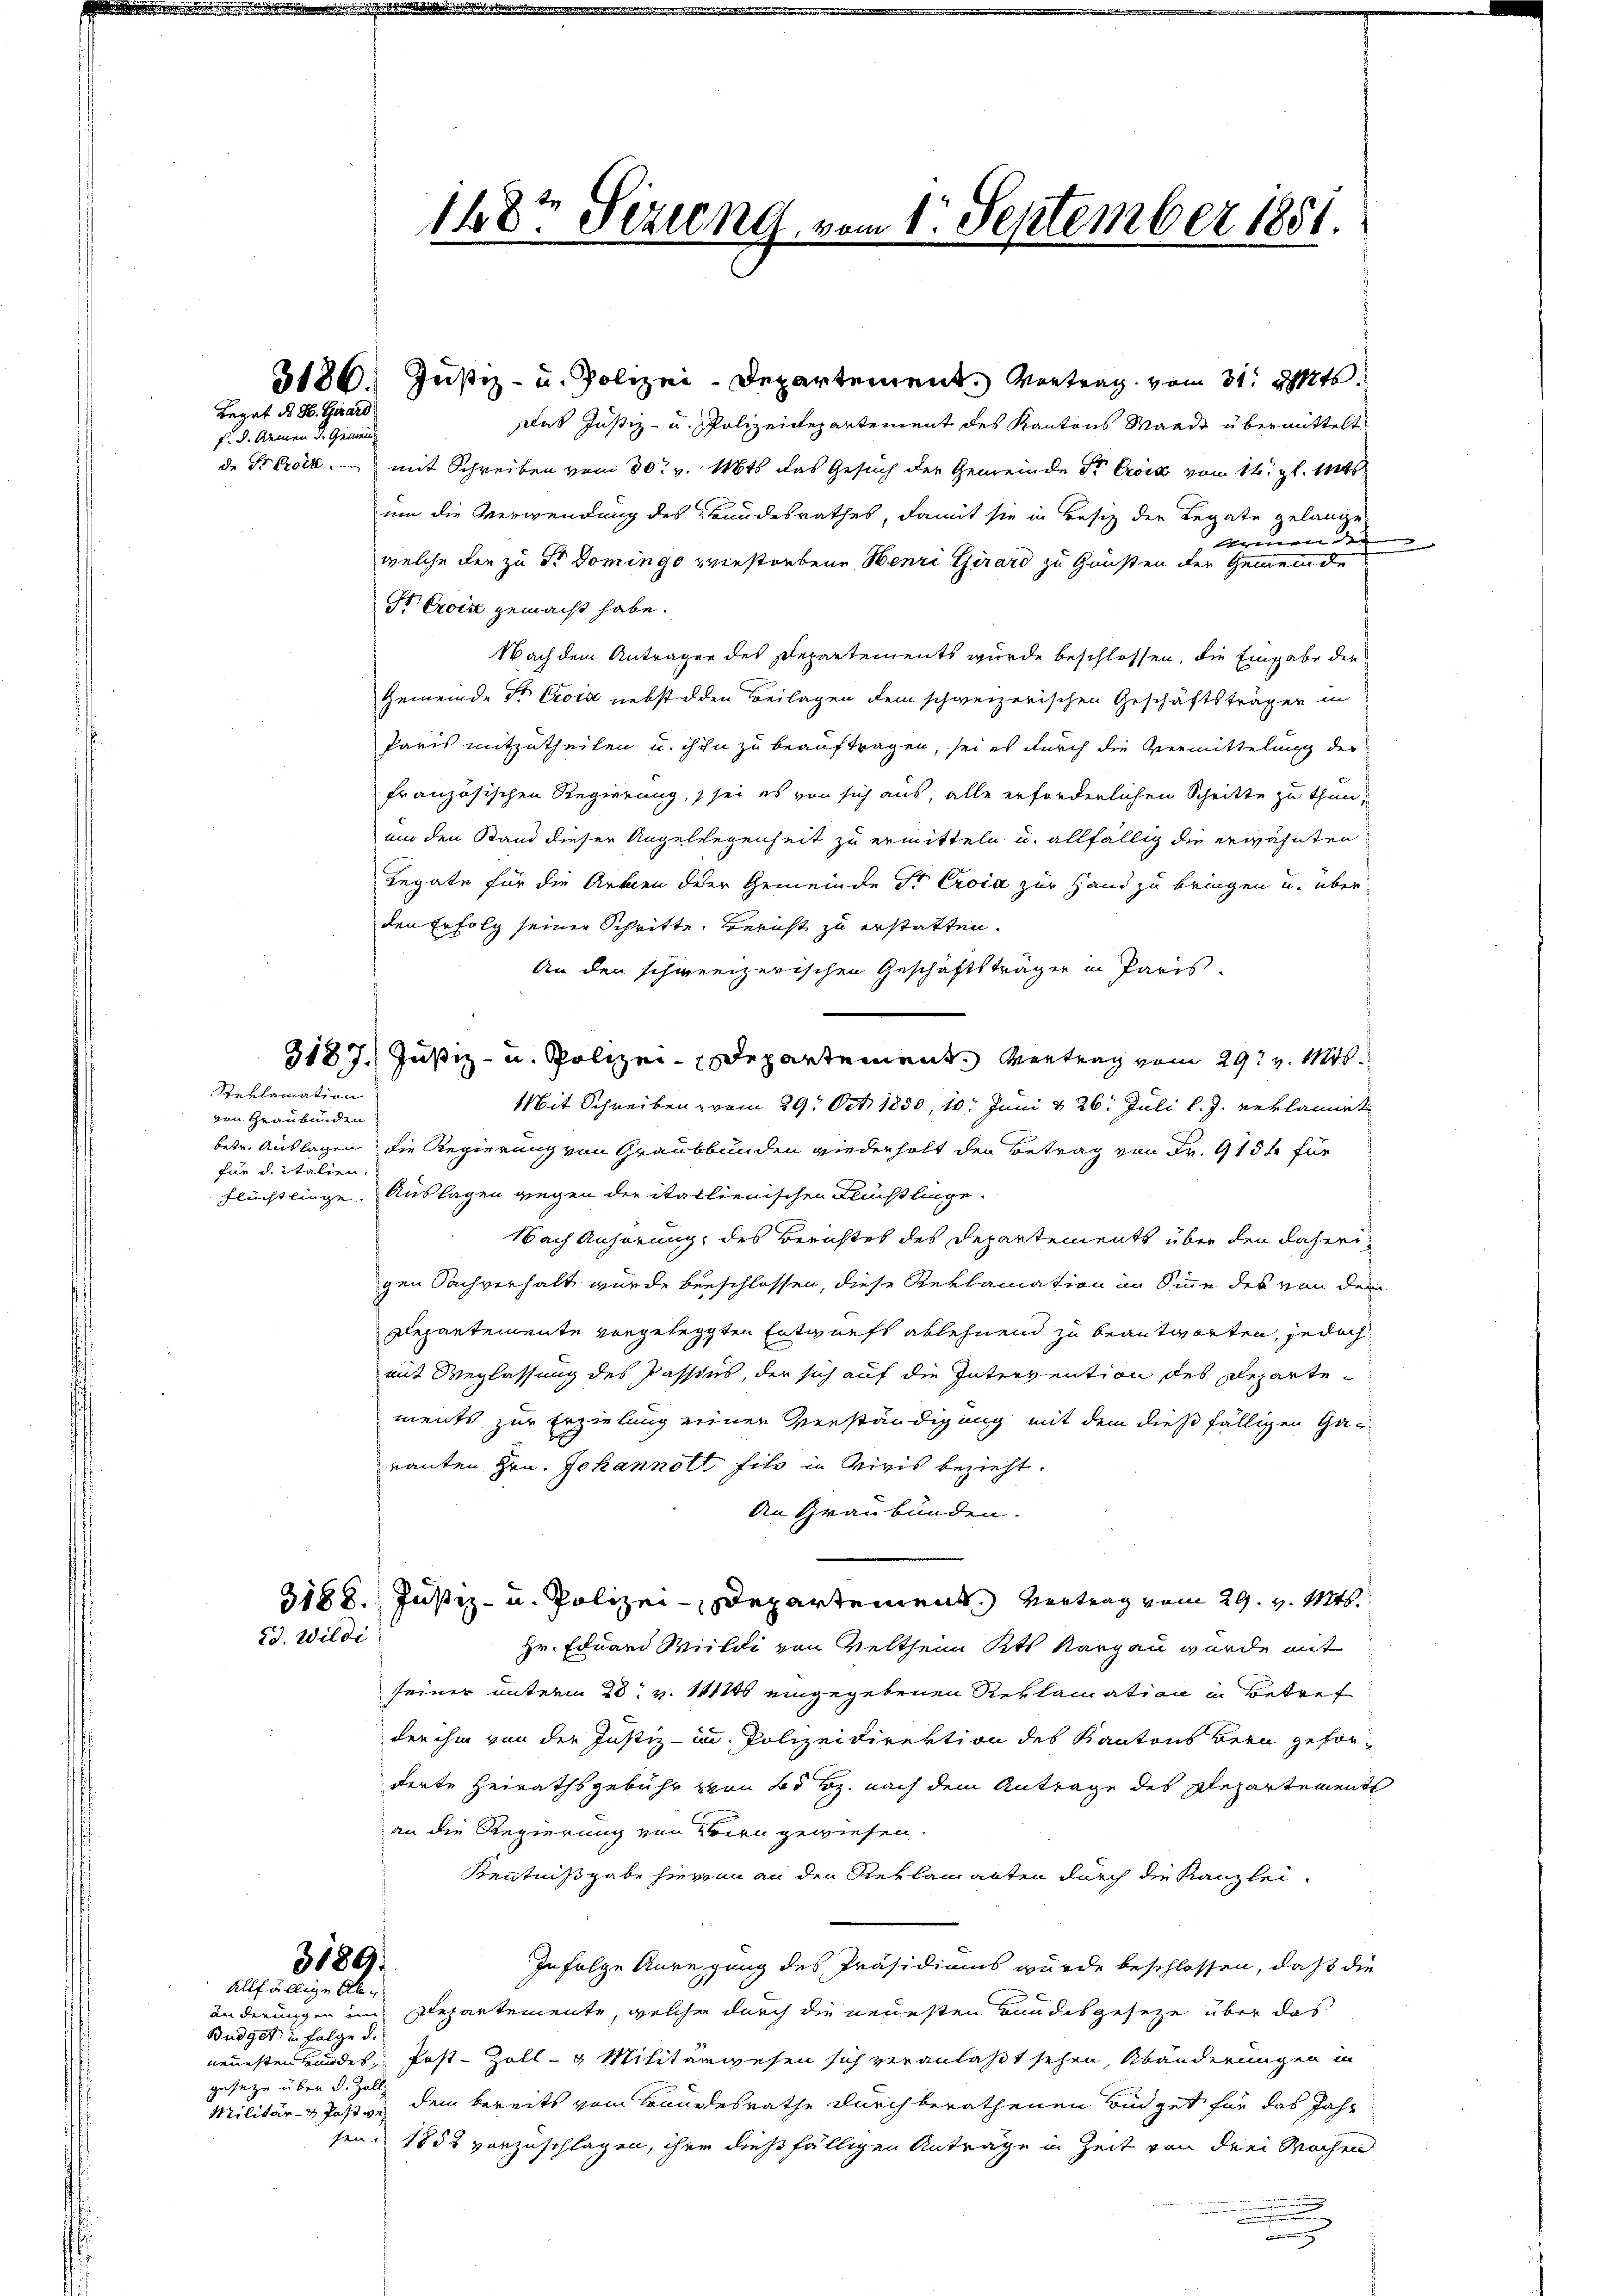
Begab des H. Girard

f. d. Armen d. Gemein¬

Reklamation
von Graubünden
für d. italien.

das Justiz- u. Polizeidepartement des Kantons Waadt übermittelt
de Sr Croix. — mit Schreiben vom 30. v. 1846 das Gesuch der Gemeinde Sr. Erois vom 14. gl. Mts
um die Verwendung des Bundesrathes, damit sie in Besitz der Legate gelange
rieren der
.
welche der zu Dr. Dominge verstorbene Henri Girard zu Grüßen der Gemeinde
Fr Croire gemacht habe.
Nach dem Antragen des Departements wurde beschlossen, die Eingabe der
Gemeinde Sr. Crois nebst den Beilagen dem schweizerischen Geschäftsträger in
Paris mitzutheilen u. ihn zu beauftragen, sei es durch die Vermittelung der
französischen Regierung, sei es von sich aus, alle erforderlichen Schritte zu thun,
am den Stand dieser Angelegenheit zu ermitteln u. allfällig die erwähnten
Legate für die Arben der Gemeinde Sr. Eroic zur Hand zu bringen u. über
den Erfolg seiner Schritte. Bericht zu erstatten.
An den schweizerischen Geschäftsträger in Paris.
Mit Schreiben vom 29. Oct. 1850, 10. Juni v. 26. Juli l. J. reklamirt
betr. Auslagen, die Regierung von Graubbunden wiederholt den Betrag von Fr. 9 15 für
Flüchtlinge. Auslagen wegen der italienischen Flüchtlinge.
Nach Anhörung, des Berichtes des Departements über den daheri
gen Sachverhalt wurde beeschlossen, diese Reklamation im Sinne des von dem
Dlepantemente vorgelegten Entwurfs ablehnend zu beantworten, jedoch
mit Weglassung des Passius, der sich auf die Intervention des Repartements zur Erzielung einer Verständigung mit dem dießfälligen Garauten Hrn. Johannolt fils in Vivis bezieht.
An Graubünden.
3188. Justiz- u. Polizei-Departement. Vertrag vom 29. v. Mts.
2d. Wildi
Hr. Eduard Wildi von Veltheim Kts. Aargau wurde mit
seiner unterm 28. v. 141446 eingegebenen Reklamation in Betref
der ihm von der Justiz - in Polizeidirektion des Kantons Bern geforderte Heirathsgebühr von 4. Bz. nach dem Antrage des Departements
an die Regierung von Bern gewiesen.
Kenntnißgabe hierin an den Reklamanten durch die Kanzlei¬
3189.
In folge Anregung des Präsidiums wurde beschlossen, daß die
Allfällige Abänderungen im Departemente, welche durch die neuesten Bundesgesetze über das
Budget in Folge d.
neuesten Bundes Post-Zoll- u Militärwesen sich veranlaßt sehen, Abänderungen in
gesetze über d. Zoll-
Militär- & Postve dem bereits vom Bundesrathe durch berathenen Budget für das Jahr
send 1852 vorzuschlagen, ihre dießfälligen Anträge in Zeit von drei Wochen

1487 Sezung, vom 1. September 1851.

3187. Justiz- u. Polizei-Departement. Vertrag vom 29. v. 1145.

3186. Justiz- u. Polizei-Departement. Vortrag vom 31. Mts.